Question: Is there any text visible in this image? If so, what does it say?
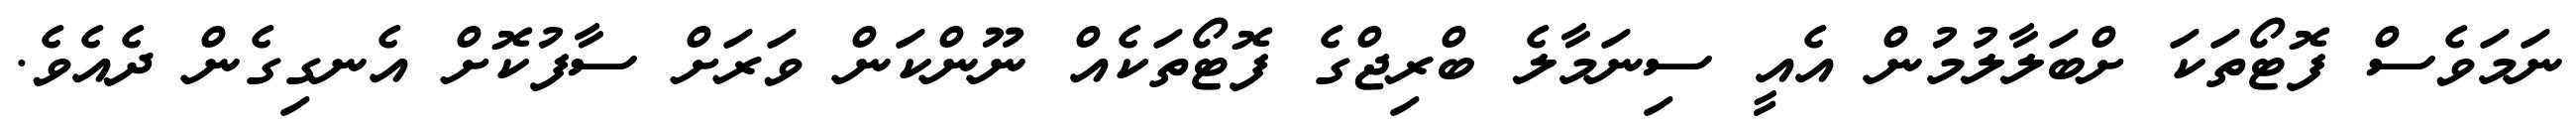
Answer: ނަމަވެސް ފޮޓޯތަކަ ށްބަލާލުމުން އެއީ ސިނަމާލެ ބްރިޖްގެ ފޮޓޯތަކެއް ނޫންކަން ވަރަށް ސާފުކޮށް އެނގިގެން ދެއެވެ.